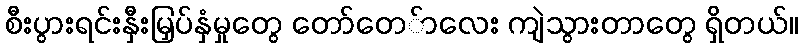
စီးပွားရင်းနှီးမြှပ်နှံမှုတွေ တော်တေ်ာလေး ကျဲသွားတာတွေ ရှိတယ်။